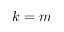
k = m